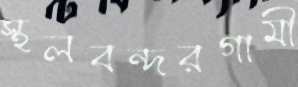
স্থলবন্দরগামী